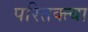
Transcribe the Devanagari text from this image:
परितक्त्या